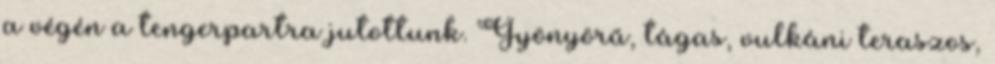
a végén a tengerpartra jutottunk. Gyönyörű, tágas, vulkáni teraszos,